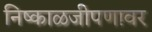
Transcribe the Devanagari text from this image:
निष्काळजीपणावर